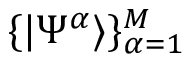
\{ | \Psi ^ { \alpha } \rangle \} _ { \alpha = 1 } ^ { M }